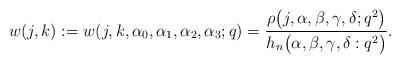
LaTeX: \begin{align*}w(j,k):=w(j,k,\alpha_0,\alpha_1,\alpha_2,\alpha_3;q) =\frac{\rho\big(j,\alpha,\beta,\gamma,\delta;q^2\big)}{h_n\big(\alpha,\beta,\gamma,\delta:q^2\big)}.\end{align*}